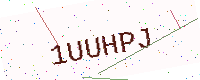
Text: 1UUHPJ